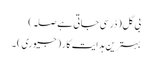
بی گل (ڈر سی جاتی ہے صلہ)
بہترین ہدایت کار (جیوری) ۔